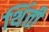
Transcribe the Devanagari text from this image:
थिंती